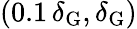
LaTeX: (0.1\, \delta_{\mathrm{{G}}},\delta_{\mathrm{{G}}})